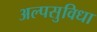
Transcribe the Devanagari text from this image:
अल्पसुविधा